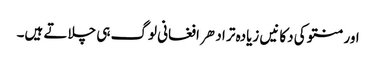
اور منتو کی دکانیں زیادہ تر ادهر افغانی لوگ ہی چلاتے ہیں۔